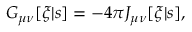
G _ { \mu \nu } [ \xi | s ] = - 4 \pi J _ { \mu \nu } [ \xi | s ] ,